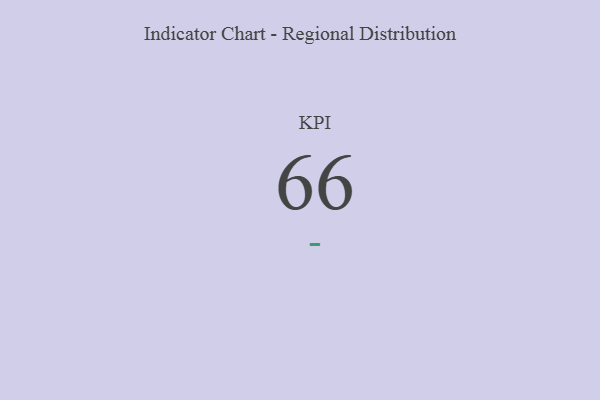
{"axis": {"x": "KPI", "y": "Value"}, "legend": [""], "data": [{"x": "KPI", "y": 66, "type": ""}]}